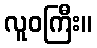
လူဝကြီး။